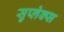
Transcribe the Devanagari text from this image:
सुप्लेक्स